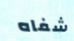
شفاه